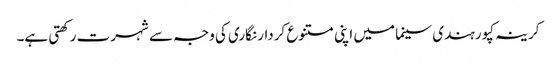
کرینہ کپور ہندی سینما میں اپنی متنوع کردار نگاری کی وجہ سے شہرت رکھتی ہے۔